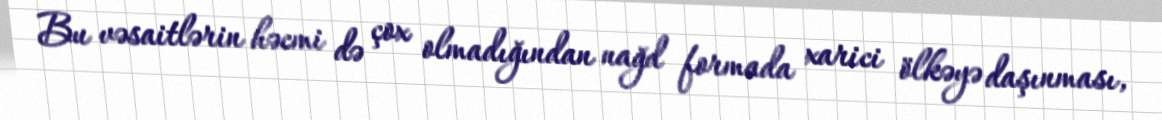
Bu vəsaitlərin həcmi də çox olmadığından nağd formada xarici ölkəyə daşınması,